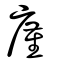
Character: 廑